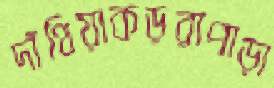
দাঁথিয়াকড়রাপাড়া